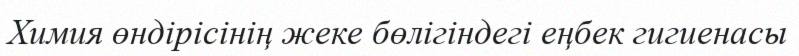
Химия өндірісінің жеке бөлігіндегі еңбек гигиенасы